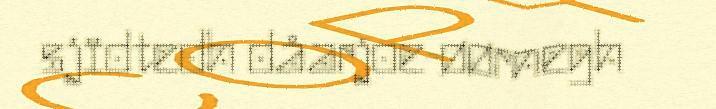
sjïdtedh dåarjoe-øørnegh